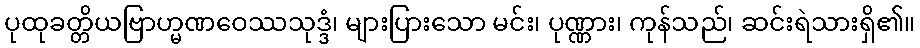
ပုထုခတ္တိယဗြာဟ္မဏဝေဿသုဒ္ဒံ၊ များပြားသော မင်း၊ ပုဏ္ဏား၊ ကုန်သည်၊ ဆင်းရဲသားရှိ၏။